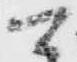
可